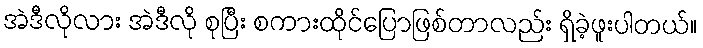
အဲဒီလိုလား အဲဒီလို စုပြီး စကားထိုင်ပြောဖြစ်တာလည်း ရှိခဲ့ဖူးပါတယ်။